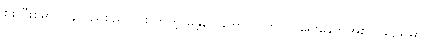
စစ်ပြီးစမှာ ပြန်လည်စည်ကားလာတဲ့ မန္တလေးဟာ လွတ်လပ်ရေးခေတ်အစ ၁၉၄၉ မှာပဲ